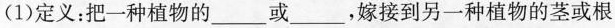
(1)定义：把一种植物的____或_____，嫁接到另一种植物的茎或根